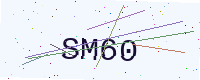
Text: SM60